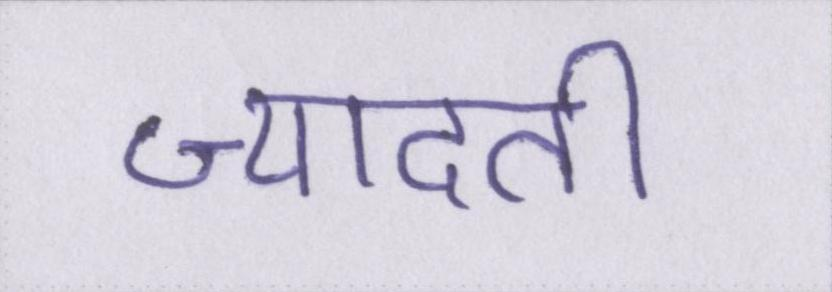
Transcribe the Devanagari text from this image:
ज्यादती